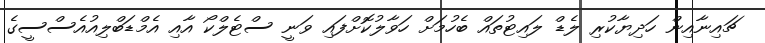
ޗައިނާއިން ހަދިޔާކުރި ލެޑް ލައިޓުތައް ބެހުމަށް ހަވާލުކޮށްފައި ވަނީ ސްޓެލްކޯ އާއި އެމްޑަބްލިއުއެސްސީގެ